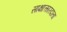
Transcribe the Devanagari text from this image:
साक्षात्कारदाता